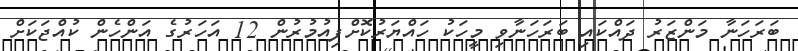
ބަރަހަނާ މަންޒަރު ދައްކައި ބަރަހަނާވި މީހަކު ހައްޔަރުކޮށްފިއުމުރުން 12 އަހަރުގެ އަންހެން ކުއްޖަކަށް